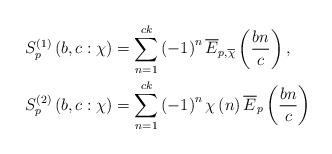
LaTeX: \begin{align*}S_{p}^{\left( 1\right) }\left( b,c:\chi\right) & =\sum\limits_{n=1}^{ck}\left( -1\right) ^{n}\overline{E}_{p,\overline{\chi}}\left( \frac{bn}{c}\right) ,\\S_{p}^{\left( 2\right) }\left( b,c:\chi\right) & =\sum\limits_{n=1}^{ck}\left( -1\right) ^{n}\chi\left( n\right) \overline{E}_{p}\left(\frac{bn}{c}\right)\end{align*}